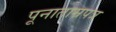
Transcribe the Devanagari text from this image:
पूनाताम्रपत्र